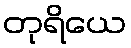
တုရိယေ